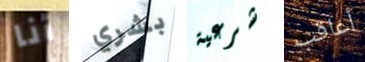
أنا بشري شرعية أعاقب